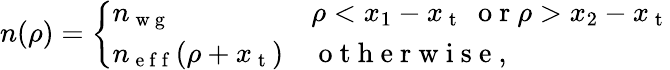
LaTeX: n(\rho)=\left\{ \begin{array}{ll}{n_{\mathrm{~w~g~}}\qquad}&{\rho<x_{1}-x_{\mathrm{~t~}}\; \mathrm{~o~r~}\rho>x_{2}-x_{\mathrm{~t~}}}\\ {n_{\mathrm{~e~f~f~}}(\rho+x_{\mathrm{~t~}})}&{\mathrm{~o~t~h~e~r~w~i~s~e~},}\end{array}\right.